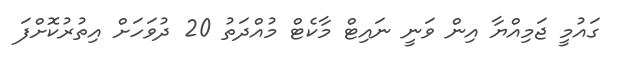
ގައުމީ ޖަމިއްޔާ އިން ވަނީ ނައިޓް މާކެޓް މުއްދަތު 20 ދުވަހަށް އިތުރުކޮށްފަ